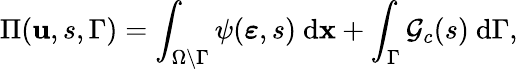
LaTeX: \Pi(\mathbf{u},s,\Gamma)=\int_{\Omega\backslash\Gamma}\psi(\boldsymbol\varepsilon,s)\ \mathrm{d}\mathbf{x}+\int_{\Gamma}\mathcal{G}_{c}(s)\ \textup{d}\Gamma,